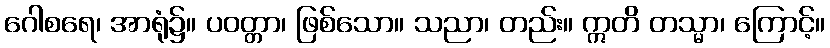
ဂေါစရေ၊ အာရုံ၌။ ပဝတ္တာ၊ ဖြစ်သော။ သညာ၊ တည်း။ ဣတိ တသ္မာ၊ ကြောင့်။